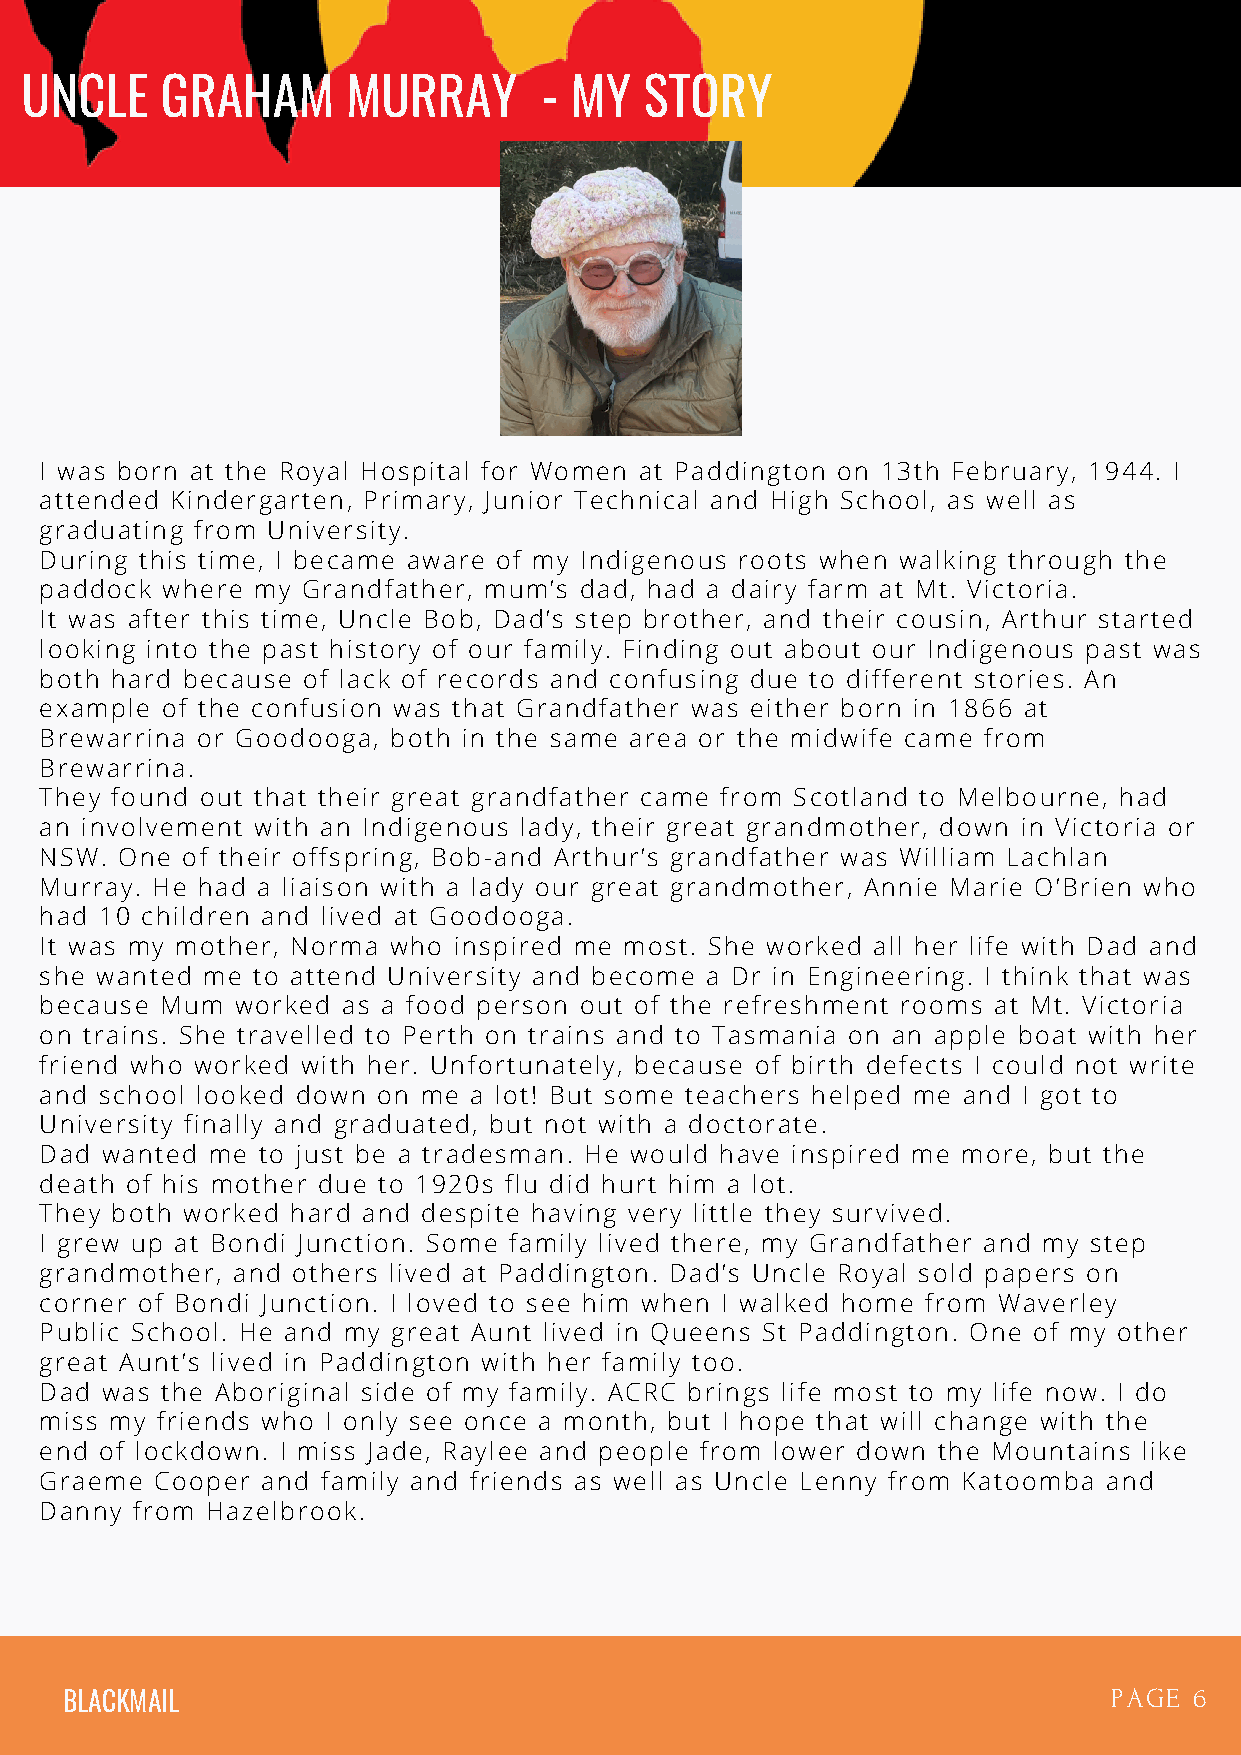
UNCLE     GRAHAM      MURRAY       - MY   STORY
 I was born at the Royal Hospital for Women at Paddington on 13th February, 1944. I
 attended Kindergarten, Primary, Junior Technical and High School, as well as
 graduating from University.
 During this time, I became aware of my Indigenous roots when walking through the
 paddock where my Grandfather, mum’s dad, had a dairy farm at Mt. Victoria.
 It was after this time, Uncle Bob, Dad’s step brother, and their cousin, Arthur started
 looking into the past history of our family. Finding out about our Indigenous past was
 both hard because of lack of records and confusing due to different stories. An
 example of the confusion was that Grandfather was either born in 1866 at
 Brewarrina or Goodooga, both in the same area or the midwife came from
 Brewarrina.
 They found out that their great grandfather came from Scotland to Melbourne, had
 an involvement with an Indigenous lady, their great grandmother, down in Victoria or
 NSW. One of their offspring, Bob-and Arthur’s grandfather was William Lachlan
 Murray. He had a liaison with a lady our great grandmother, Annie Marie O’Brien who
 had 10 children and lived at Goodooga.
 It was my mother, Norma who inspired me most. She worked all her life with Dad and
 she wanted me to attend University and become a Dr in Engineering. I think that was
 because Mum  worked as a food person out of the refreshment rooms at Mt. Victoria
 on trains. She travelled to Perth on trains and to Tasmania on an apple boat with her
 friend who worked with her. Unfortunately, because of birth defects I could not write
 and school looked down on me a lot! But some teachers helped me and I got to
 University finally and graduated, but not with a doctorate.
 Dad wanted me to just be a tradesman. He would have inspired me more, but the
 death of his mother due to 1920s flu did hurt him a lot.
 They both worked hard and despite having very little they survived.
 I grew up at Bondi Junction. Some family lived there, my Grandfather and my step
 grandmother, and others lived at Paddington. Dad’s Uncle Royal sold papers on
 corner of Bondi Junction. I loved to see him when I walked home from Waverley
 Public School. He and my great Aunt lived in Queens St Paddington. One of my other
 great Aunt’s lived in Paddington with her family too.
 Dad was the Aboriginal side of my family. ACRC brings life most to my life now. I do
 miss my friends who I only see once a month, but I hope that will change with the
 end of lockdown. I miss Jade, Raylee and people from lower down the Mountains like
 Graeme Cooper and family and friends as well as Uncle Lenny from Katoomba and
 Danny from Hazelbrook.
 BLACKMAIL                                                             PAGE 6